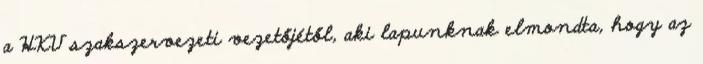
a HKV szakszervezeti vezetőjétől, aki lapunknak elmondta, hogy az